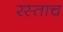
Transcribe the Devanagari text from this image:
रस्ताच